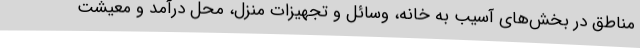
مناطق در بخش‌های آسیب به خانه، وسائل و تجهیزات منزل، محل درآمد و معیشت